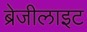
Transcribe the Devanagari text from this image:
ब्रेजीलाइट